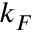
k _ { F }